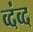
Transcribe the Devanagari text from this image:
व्दंव्द